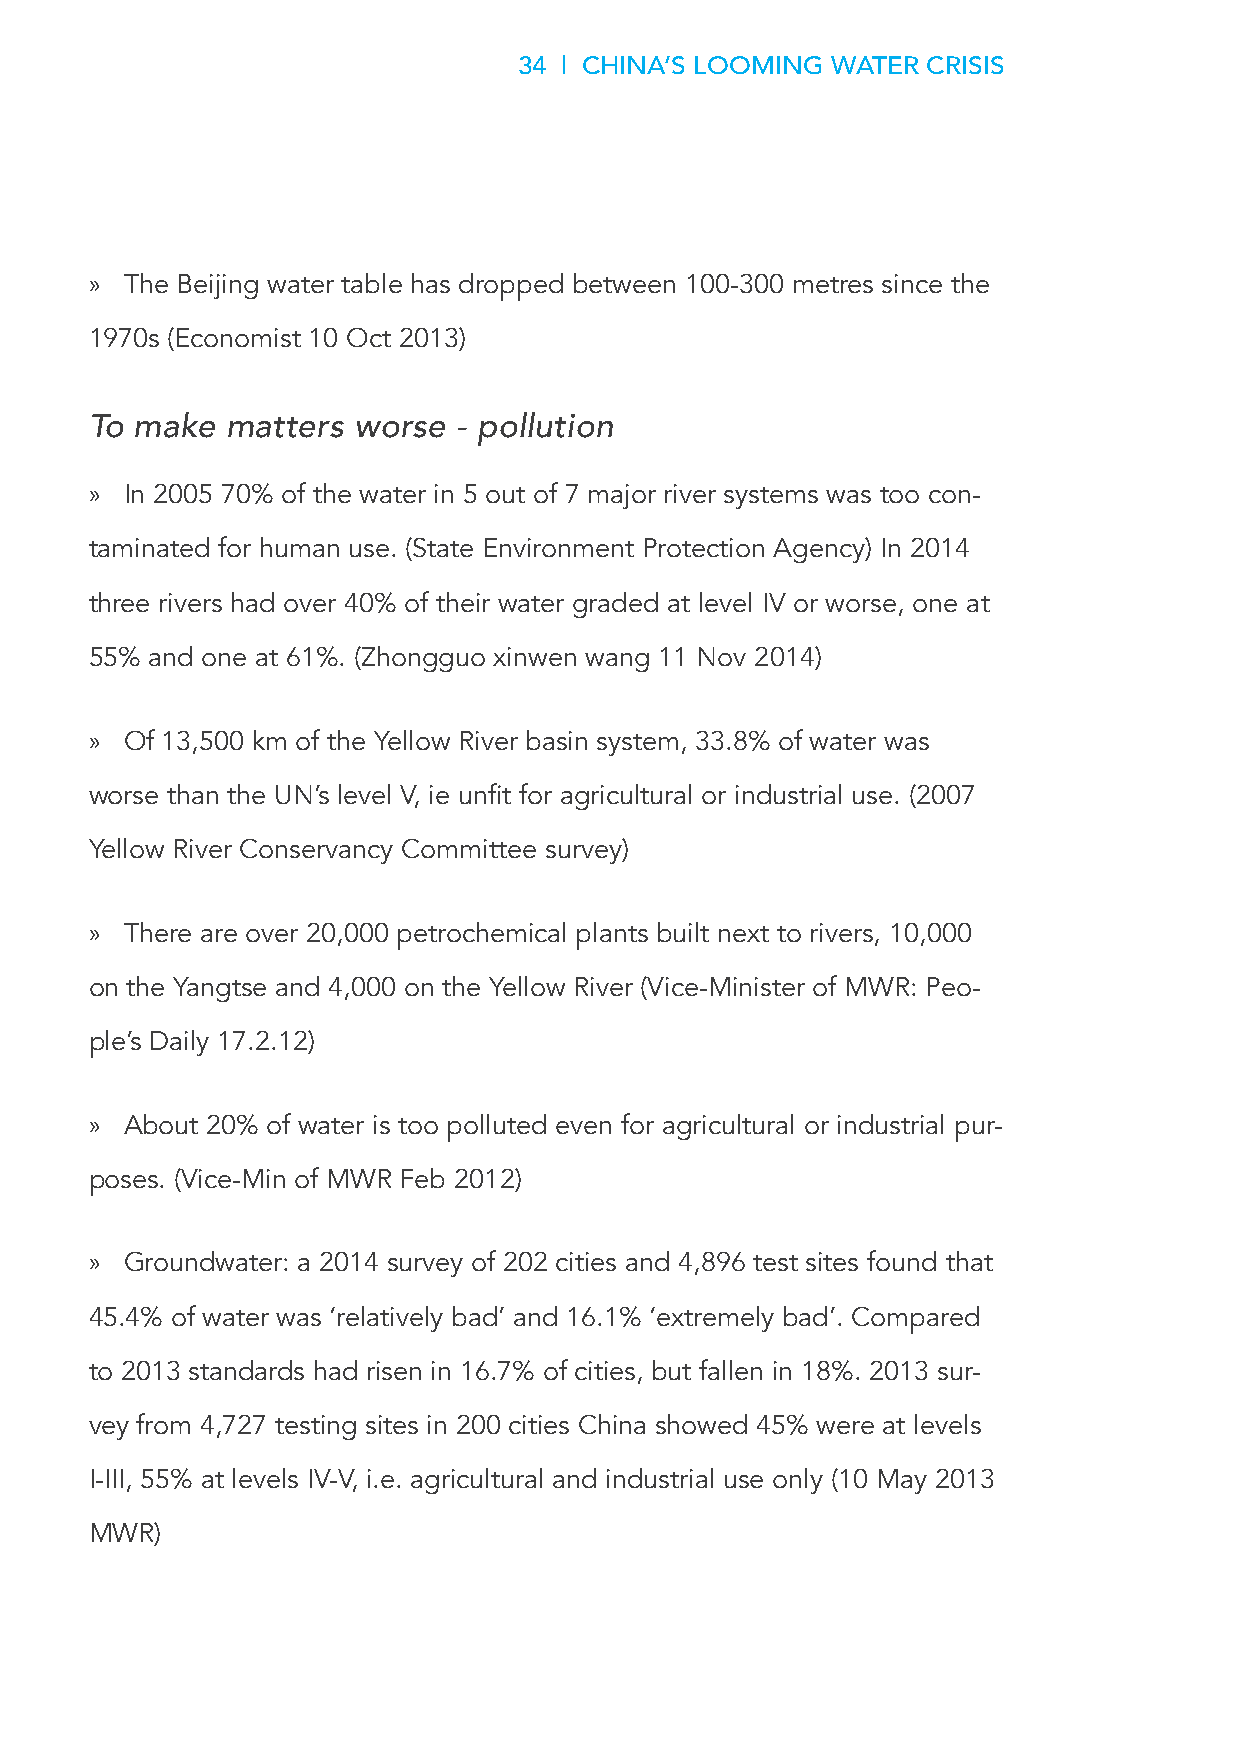
34 | CHINA’S LOOMING WATER CRISIS
 » The Beijing water table has dropped between 100-300 metres since the
 1970s (Economist 10 Oct 2013)
 To make  matters worse  - pollution
 » In 2005 70% of the water in 5 out of 7 major river systems was too con-
 taminated for human use. (State Environment Protection Agency) In 2014
 three rivers had over 40% of their water graded at level IV or worse, one at
 55% and one at 61%. (Zhongguo xinwen wang 11 Nov 2014)
 » Of 13,500 km of the Yellow River basin system, 33.8% of water was
 worse than the UN’s level V, ie unfit for agricultural or industrial use. (2007
 Yellow River Conservancy Committee survey)
 » There are over 20,000 petrochemical plants built next to rivers, 10,000
 on the Yangtse and 4,000 on the Yellow River (Vice-Minister of MWR: Peo-
 ple’s Daily 17.2.12)
 » About 20% of water is too polluted even for agricultural or industrial pur-
 poses. (Vice-Min of MWR Feb 2012)
 » Groundwater: a 2014 survey of 202 cities and 4,896 test sites found that
 45.4% of water was ‘relatively bad’ and 16.1% ‘extremely bad’. Compared
 to 2013 standards had risen in 16.7% of cities, but fallen in 18%. 2013 sur-
 vey from 4,727 testing sites in 200 cities China showed 45% were at levels
 I-III, 55% at levels IV-V, i.e. agricultural and industrial use only (10 May 2013
 MWR)